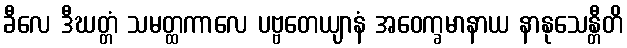
ခီလေ ဒီဃတ္တံ သမတ္ထကာလေ ပဗ္ဗတေယျာနံ အဝေက္ခမာနာယ နာနုသေန္တီတိ